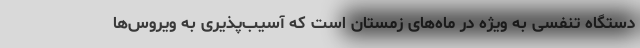
دستگاه تنفسی به ویژه در ماه‌های زمستان است که آسیب‌پذیری به ویروس‌ها